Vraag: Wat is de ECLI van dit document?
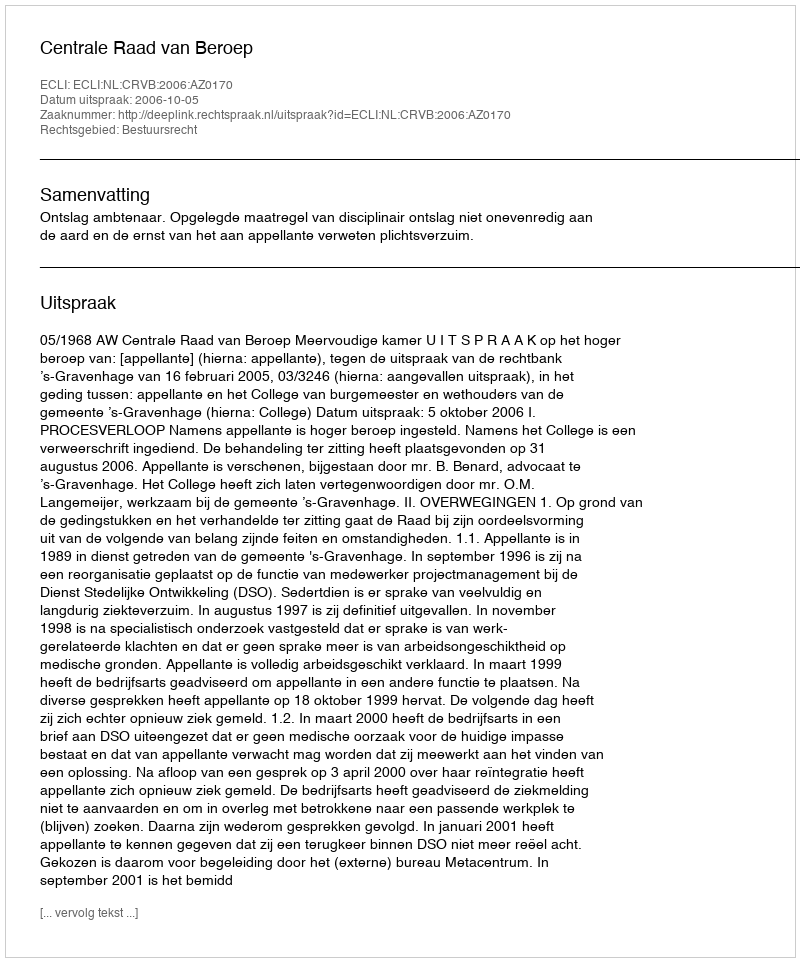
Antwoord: ECLI:NL:CRVB:2006:AZ0170